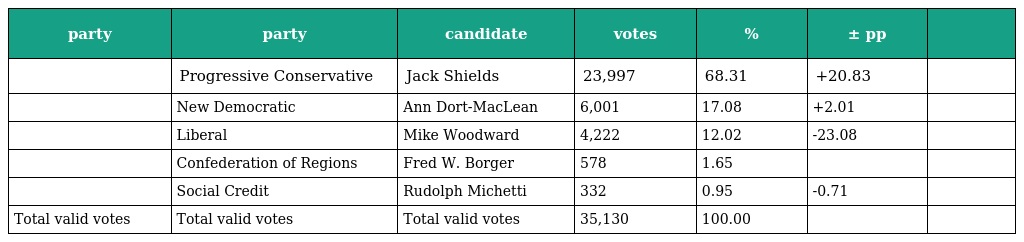
| party | party | candidate | votes | % | ± pp |  |
 | --- | --- | --- | --- | --- | --- | --- |
 |  | Progressive Conservative | Jack Shields | 23,997 | 68.31 | +20.83 |  |
 |  | New Democratic | Ann Dort-MacLean | 6,001 | 17.08 | +2.01 |  |
 |  | Liberal | Mike Woodward | 4,222 | 12.02 | -23.08 |  |
 |  | Confederation of Regions | Fred W. Borger | 578 | 1.65 |  |  |
 |  | Social Credit | Rudolph Michetti | 332 | 0.95 | -0.71 |  |
 | Total valid votes | Total valid votes | Total valid votes | 35,130 | 100.00 |  |  |